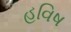
હવિષ